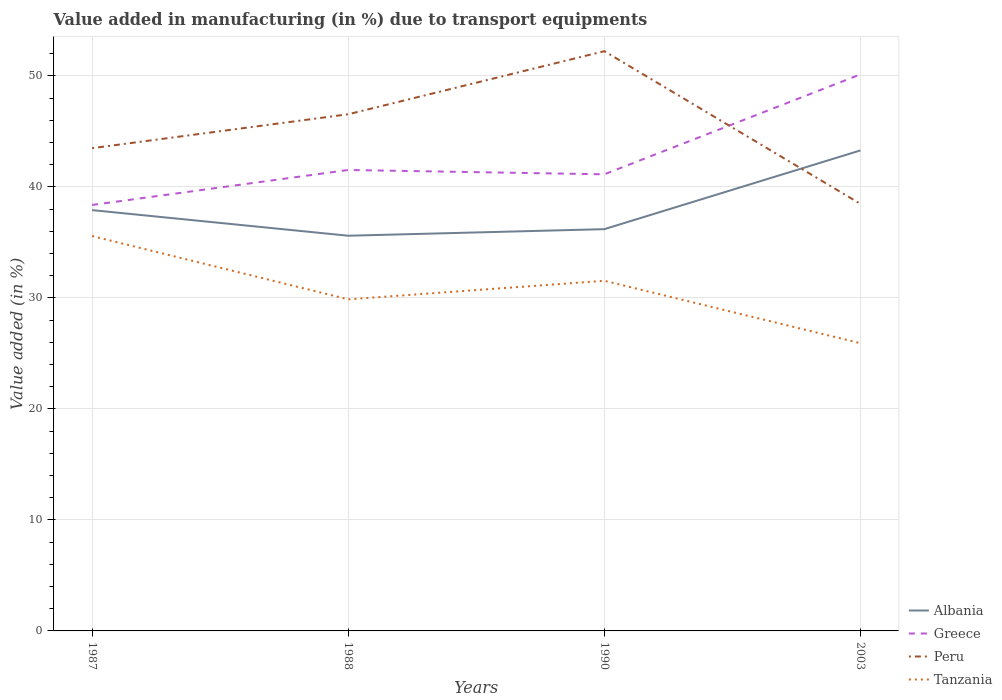
| Years | Albania | Greece | Peru | Tanzania |
 | --- | --- | --- | --- | --- |
 | 1987 | 37.9 | 38.4 | 43.5 | 35.6 |
 | 1988 | 35.6 | 41.5 | 46.5 | 29.9 |
 | 1990 | 36.2 | 41.1 | 52.2 | 31.5 |
 | 2003 | 43.3 | 50.1 | 38.5 | 25.9 |